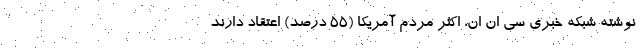
نوشته شبکه خبری سی ان ان، اکثر مردم آمریکا (۵۵ درصد) اعتقاد دارند